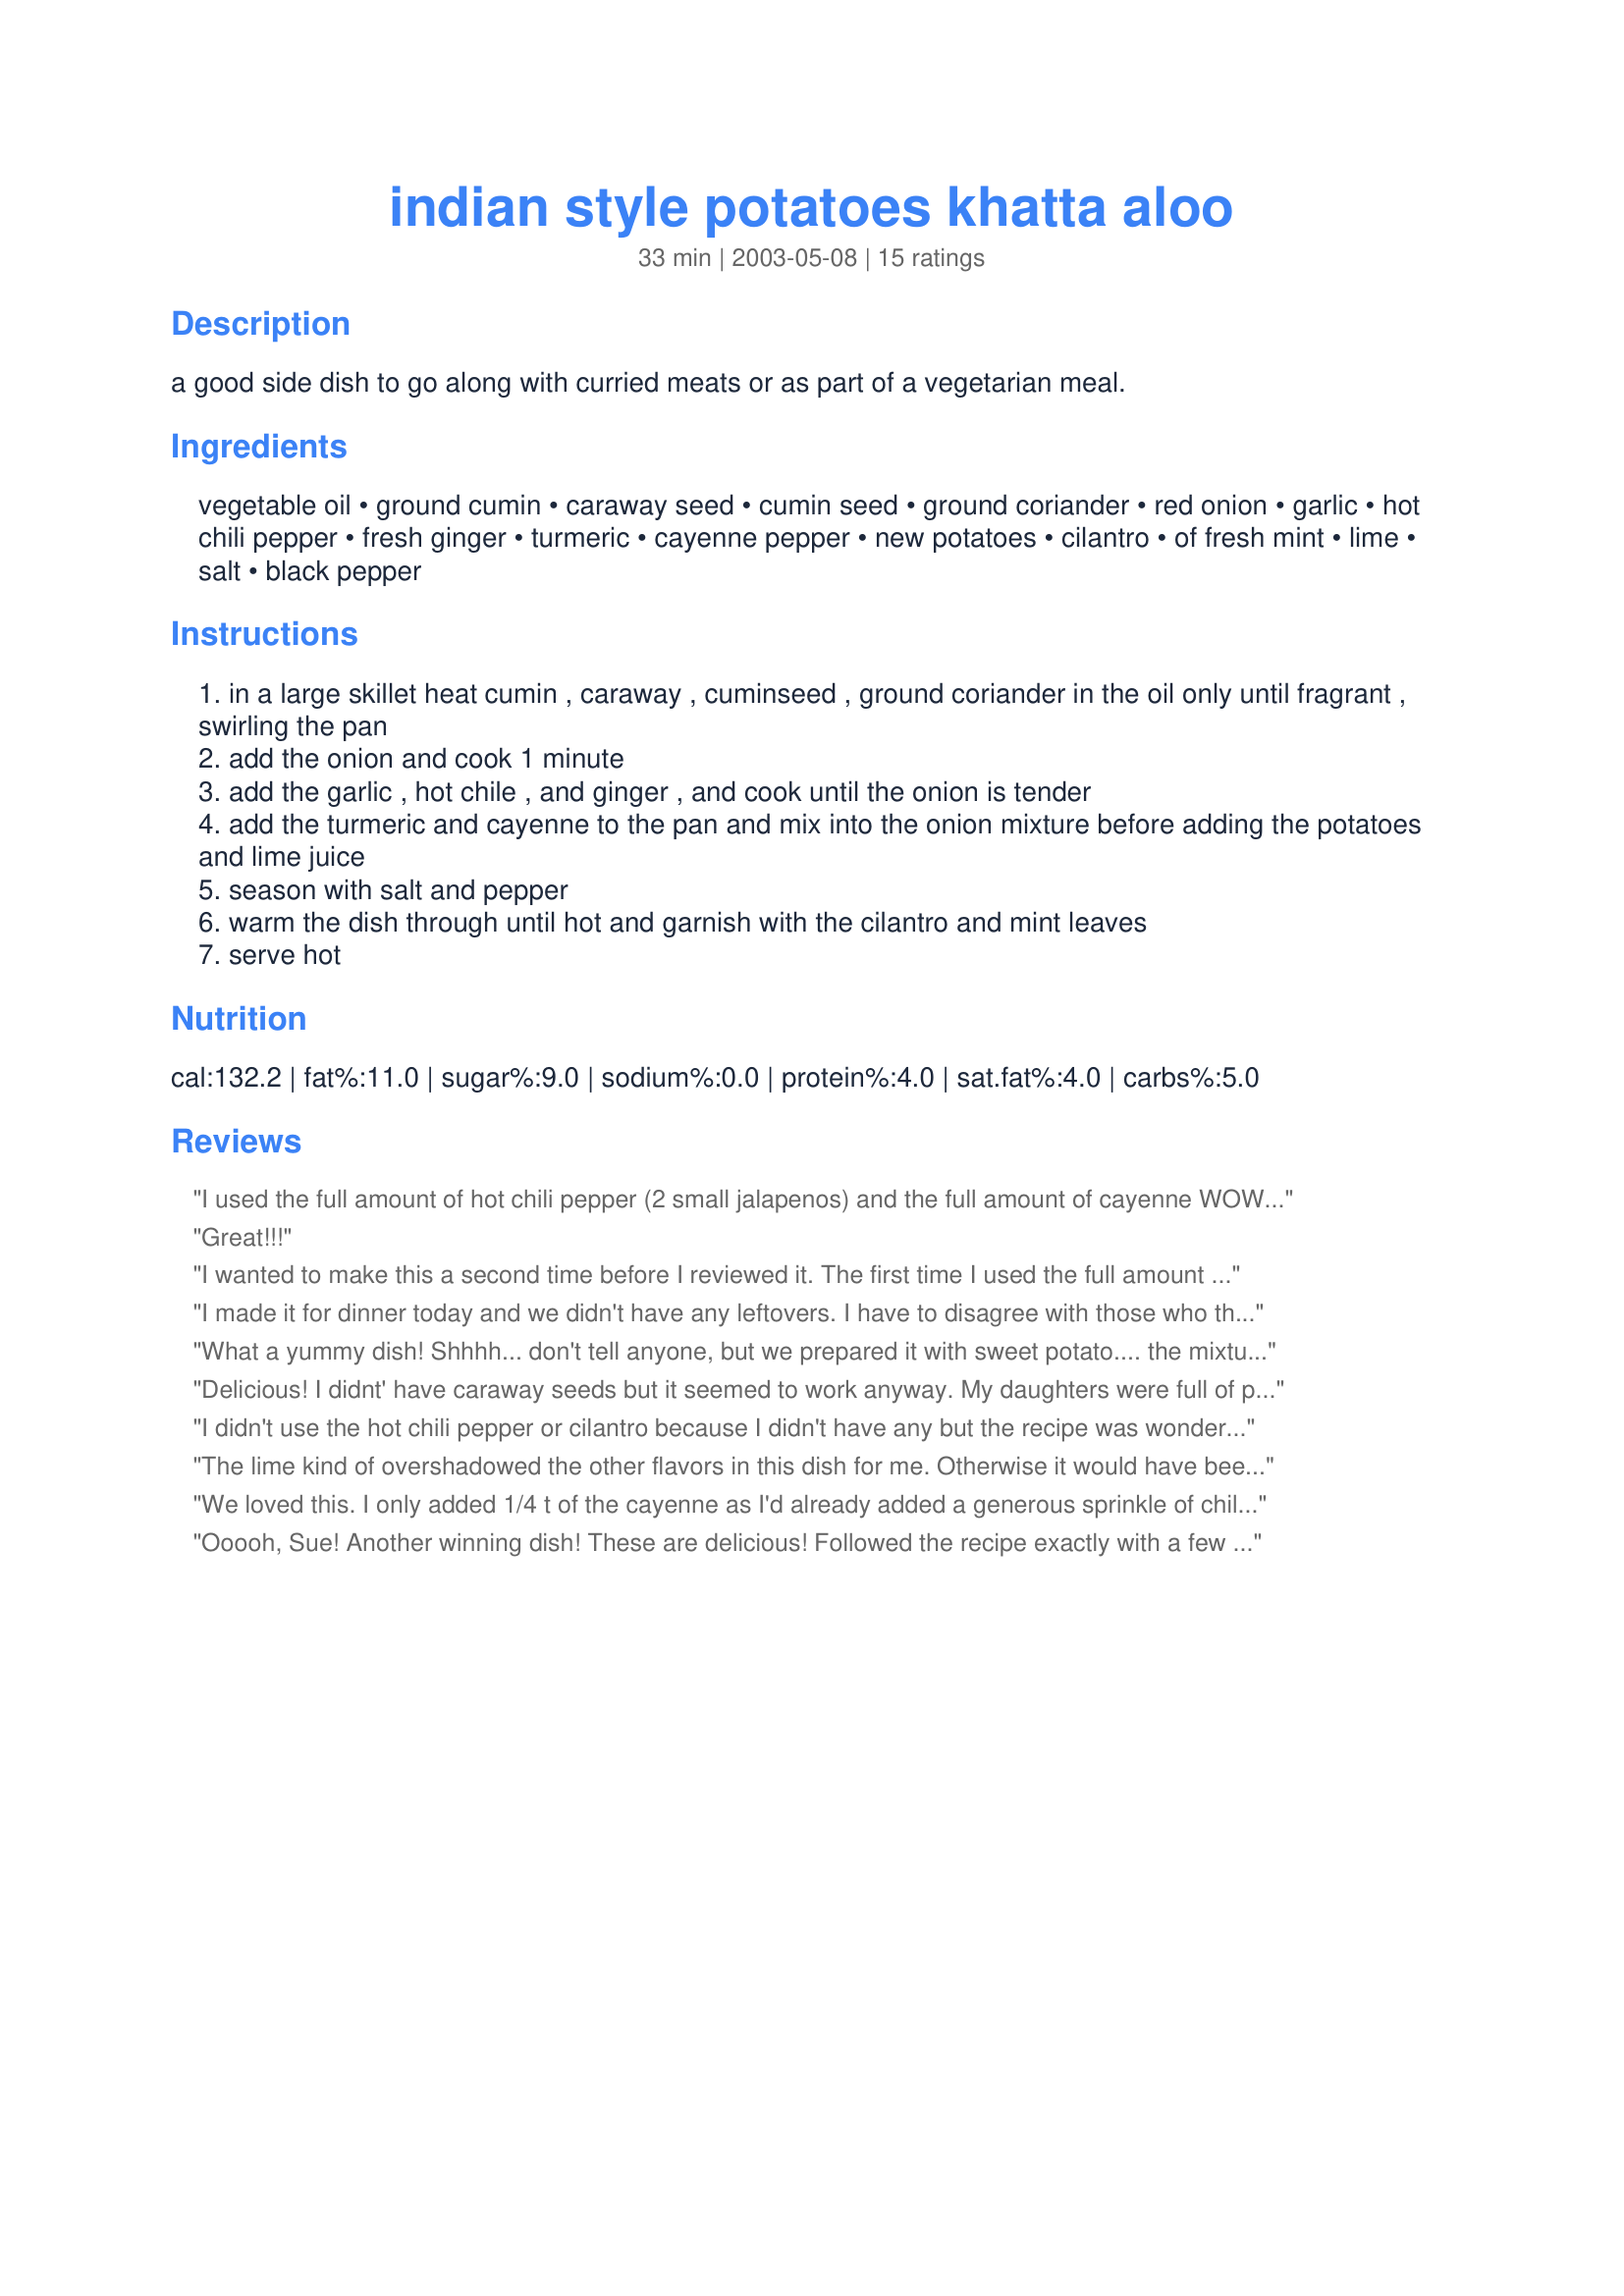
indian style potatoes khatta aloo
Preparation time: 33 minutes

a good side dish to go along with curried meats or as part of a vegetarian meal.

Ingredients:
vegetable oil, ground cumin, caraway seed, cumin seed, ground coriander, red onion, garlic, hot chili pepper, fresh ginger, turmeric, cayenne pepper, new potatoes, cilantro, of fresh mint, lime, salt, black pepper

Steps:
in a large skillet heat cumin , caraway , cuminseed , ground coriander in the oil only until fragrant , swirling the pan
add the onion and cook 1 minute
add the garlic , hot chile , and ginger , and cook until the onion is tender
add the turmeric and cayenne to the pan and mix into the onion mixture before adding the potatoes and lime juice
season with salt and pepper
warm the dish through until hot and garnish with the cilantro and mint leaves
serve hot

Reviews:
I used the full amount of hot chili pepper (2 small jalapenos) and the full amount of cayenne WOW it was HOT!! My tongue actually felt sunburned! I think next time I'll only use one small jalapeno. I was burning so much I almost couldn't taste it, but when I could it was very delicious. I think this is definitely a winner recipe but I think I need to lower the spice level a little bit for us. It smelled great, and I scrambled it with eggs the next morning for breakfast! Mmm! Thank you so much for sharing this recipe with us.
Great!!!
I wanted to make this a second time before I reviewed it. The first time I used the full amount of cayenne and jalapeno - it was way too hot for me, even after cutting it with yogurt. Just a word of caution for those that can't handle high heat like myself.

I made this again today, eliminating the cayenne & jalapeno. Very fragrant, lovely dish with beautiful color. I used this as a main dish, stuffing it into a pita. Next time, I may add a little jalapeno until I get it just right. Wonderful, thanks for such a refreshing dish!.
I made it for dinner today and we didn't have any leftovers. I have to disagree with those who thought it was too spicy.It was just right for our taste. I followed the recipe exactly and only substituted lemon juice for lime juice. It is a nice side dish or a vegetarian entree. Will make it again,only double the recipe.Thank you.
What a yummy dish! Shhhh... don't tell anyone, but we prepared it with sweet potato.... the mixture of sweet and spicy was heavenly!
Delicious! I didnt' have caraway seeds but it seemed to work anyway. My daughters were full of praise. Thanks!
I didn't use the hot chili pepper or cilantro because I didn't have any but the recipe was wonderful!! I don't think I will add the hot chili pepper next time because the spiciness was just right for me. I also didn't have any lemons so used a bit of vinegar (white) as a substitute. It tasted just fine!
The lime kind of overshadowed the other flavors in this dish for me. Otherwise it would have been a 5 star for sure!
We loved this. I only added 1/4 t of the cayenne as I'd already added a generous sprinkle of chilli flakes, having no fresh chillies on hand. I didn't use new potatoes either as I didn't have any but it still came out lovely. Of course new potatoes would be the best choice for this dish. Thanks Sue.
Ooooh, Sue! Another winning dish! These are delicious! Followed the recipe exactly with a few minor subs- I used steamed russets instead of new potatoes (it's all I had on-hand, and I really wanted to make this!) and added a tsp of dried mint with the other spices rather than fresh (although I'm sure fresh would be spectacular). The spice blend is extremely tasty- I thought the caraway was a really interesing unusual addition. As far as heat goes, I used 1 large thai pepper and only 1/2 tsp cayenne. Thanks to you and your great recipes, we are developing a taste for spicy food, but we're not quite iron-tongued like you yet! This comes together so quickly. I imagine you could cook your potatoes in advance and then throw this together in a flash at dinner-time. Very attractive dish. Mine looked just just like the beautiful picture (well, my potatoes were a little softer, being russets, but still absolutely lovely!) The lime juice is a fantastic touch. Thank you Sue L, for another winner! This will be made again for sure!
I made this for lunch this afternoon(as part of a special meal for the festival of Janmashtami: The birthday of Lord Krishna who loved eating potatoes which is something I got to learn just yesterday!). I made this as it is using all the ingredients mentioned, except for caraway seeds that I did not have on hand. I substituted the hot chilli pepper with a green chilli and cayenne pepper with black pepper. I also cut down the oil to just 1 tbsp.(trying to cut on fat). I found this to be flavourful(especially loved the flavour of mint and lemon juice in this). However, for our tastes, this was definitely spicy. So, I'll surely be omitting the green chilli and cutting on the black pepper also by half of the quantity mentioned here. I used about a tsp. of salt for this. We had this with low-fat plain yoghurt and rotis(Indian flatbreads). This also goes well when stuffed in between bread slices or also with pao(a fat puffed up kind of bread). My dad also had some of this with rice and yoghurt mixed in. Thank you, Auntie Sue for a nice lunch dish!
I didn't want a spicy dish so I omitted the cayenne and chili, everything else the same. The combination of flavors was really good, especially the caraway seed, which I usually don't think of as an ingredient in Indian dishes. I think the caraway made the dish. Very nice recipe.
This was excellent- fragrant and just spicy enough for me with about half the chili pepper and cayenne and just a whiff of black pepper. I'm a wimp! The mint and lime were nice additions. It is an easy dish to prepare, and as Roosie said, precooking the potatoes speeds the prep time considerably. I will make this again, and perhaps even try subbing cauliflower for the potatoes to see how that works! Thanks for sharing this delicious dish.
Looking at the recipe, I already knew it would be way too spicy for me so I used only 1/4 of the suggested cayenne pepper. This made the spiciness perfect for me. I also cut down the amount of lime. I used gold potatoes, boiled them in salt water till soft and then combined with the onion spice mixture and cooked them for 5-10 minutes more with a little extra veggie broth till they were super fluffy and extra delicious! Disregarding the spice level, overall, good dish. Very flavorful and smells great! I definitely make again.
We left all of the burn out of this recipe as a few of us cant handle the heat. I was planning on using sweet potato as another foodie suggested but forgot to grab them so we will have to try it next time TY Sue
